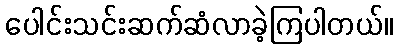
ပေါင်းသင်းဆက်ဆံလာခဲ့ကြပါတယ်။